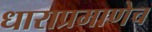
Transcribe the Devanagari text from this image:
धाराप्रमाणेच